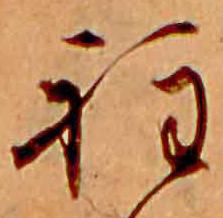
程